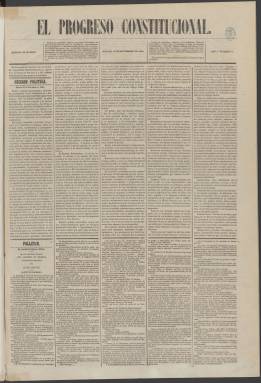
Título: El Progreso constitucional
Colección: Periódicos
Ámbito geográfico: Madrid
Lugar de publicación: Madrid
Fechas: 19/11/1864-21/02/1866